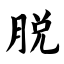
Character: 脱